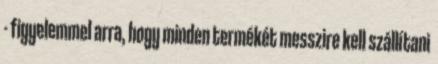
- figyelemmel arra, hogy minden termékét messzire kell szállítani